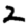
Digit: 2